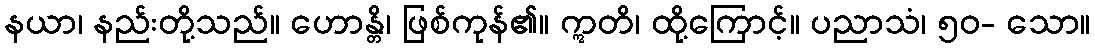
နယာ၊ နည်းတို့သည်။ ဟောန္တိ၊ ဖြစ်ကုန်၏။ ဣတိ၊ ထို့ကြောင့်။ ပညာသံ၊ ၅၀- သော။